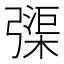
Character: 㣄